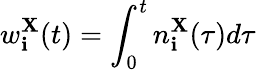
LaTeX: w_{\mathbf{i}}^{\mathbf{X}}(t)=\int_{0}^{t}n_{\mathbf{i}}^{\mathbf{X}}(\tau)d\tau